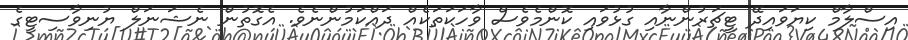
އިސްލާމް ކިޔަވައިދޭ ޓީޗަރުންނާއި ގުޅުވައި ކޮންމެވެސް ވާހަކަތަކެއް ދައްކަމުންނެވެ. އެގޮތުން ނެޝަނަލް ޔުނިވާސިޓީގެ